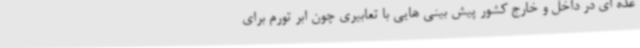
عده ای در داخل و خارج کشور پیش بینی هایی با تعابیری چون ابر تورم برای